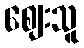
ဈေးသူ